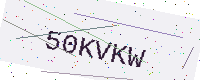
Text: 50KVKW